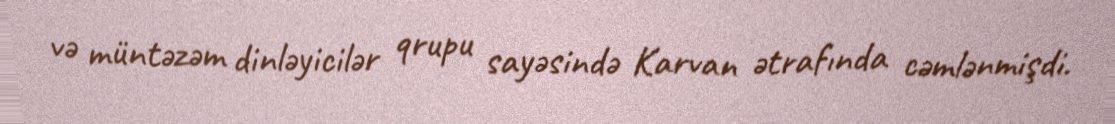
və müntəzəm dinləyicilər qrupu sayəsində Karvan ətrafında cəmlənmişdi.